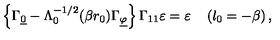
\left\{ \Gamma _ { \underline { { 0 } } } - \Lambda _ { 0 } ^ { - 1 / 2 } ( \beta r _ { 0 } ) \Gamma _ { \underline { { \varphi } } } \right\} \Gamma _ { 1 1 } \varepsilon = \varepsilon \quad \left( l _ { 0 } = - \beta \right) ,